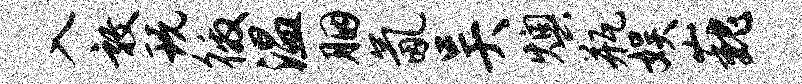
入敦玩徼温胭氤吴燠瓶娱巍